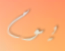
يوم